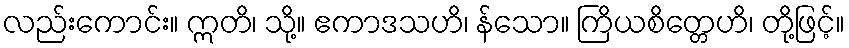
လည်းကောင်း။ ဣတိ၊ သို့။ ဧကာဒသဟိ၊ န်သော။ ကြိယစိတ္တေဟိ၊ တို့ဖြင့်။